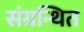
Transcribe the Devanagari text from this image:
संग्रन्थित